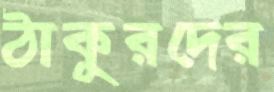
ঠাকুরদের